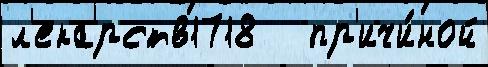
л'екарств1718   пр'ичи́ной